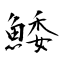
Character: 鯘